Madras plague regulations and rules - Volume 2
Disease focus: Plague
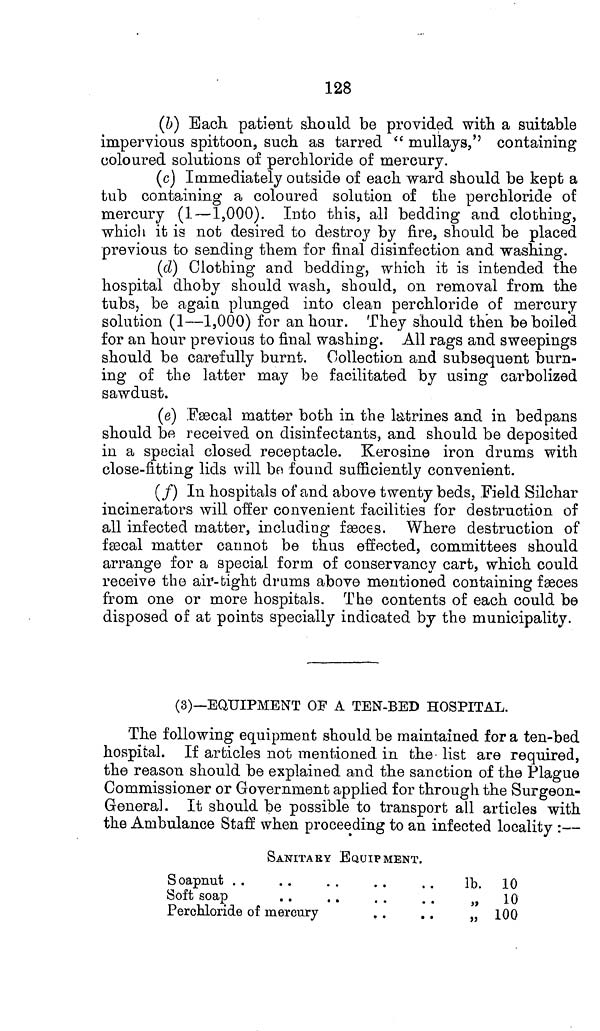
128
(b) Each, patient should be provided with a suitable
impervious spittoon, such as tarred " mullays," containing
coloured solutions of perchloride of mercury.
(c) Immediately outside of each ward should be kept a
tub containing a coloured solution of the perchloride of
mercury (1—1,000). Into this, all bedding and clothing,
which it is not desired to destroy by fire, should be placed
previous to sending them for final disinfection and washing.
(d) Clothing and bedding, which it is intended the
hospital dhoby should wash, should, on removal from the
tubs, be again plunged into clean perchloride of mercury
solution (1—1,000) for an hour. They should then be boiled
for an hour previous to final washing. All rags and sweepings
should be carefully burnt. Collection and subsequent burn-
ing of the latter may be facilitated by using carbolized
sawdust.
(e) Fæcal matter both in the latrines and in bedpans
should be received on disinfectants, and should be deposited
in a special closed receptacle. Kerosine iron drums with
close-fitting lids will bo found sufficiently convenient.
(f) In hospitals of and above twenty beds, Field Silchar
incinerators will offer convenient facilities for destruction of
all infected matter, including fæces. Where destruction of
fæcal matter cannot be thus effected, committees should
arrange for a special form of conservancy cart, which could
receive the air-bight drums above mentioned containing fæces
from one or more hospitals. The contents of each could be
disposed of at points specially indicated by the municipality.
(3)—EQUIPMENT OF A TEN-BED HOSPITAL.
The following equipment should be maintained for a ten-bed
hospital. If articles not mentioned in the list are required,
the reason should be explained and the sanction of the Plague
Commissioner or Government applied for through the Surgeon-
General. It should be possible to transport all articles with
the Ambulance Staff when proceeding to an infected locality :
SANITARY EQUIPMENT.
Soapnut
Soft soap
Perchloride of mercury
lb. 10
„ 10
„ 100